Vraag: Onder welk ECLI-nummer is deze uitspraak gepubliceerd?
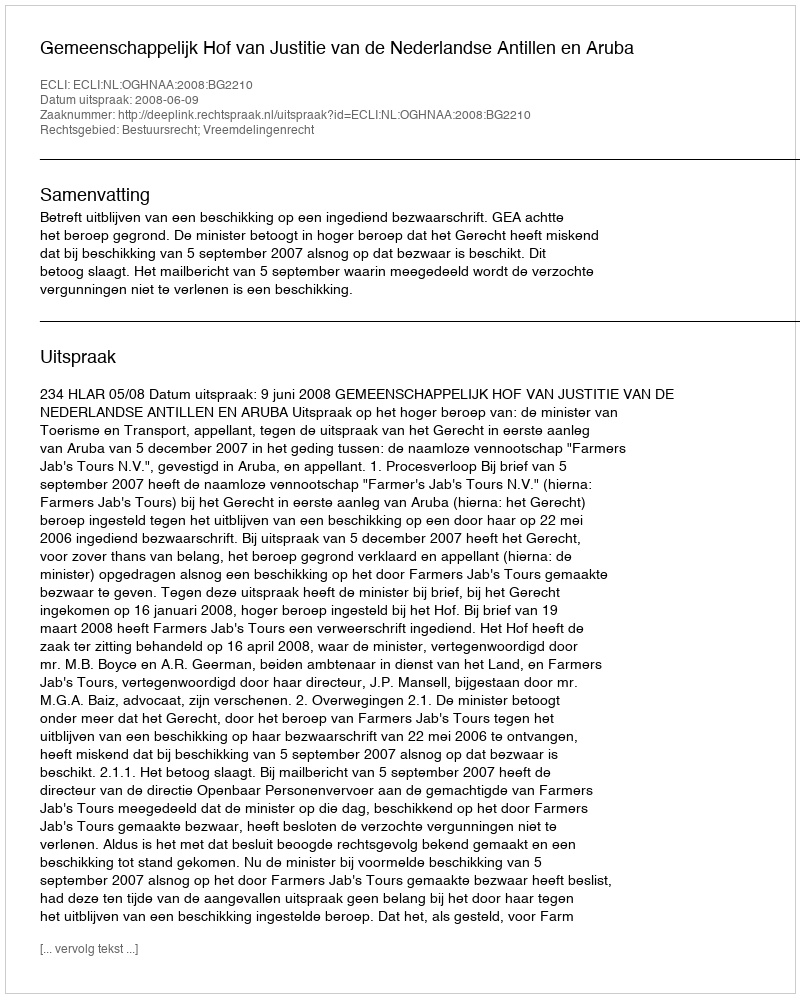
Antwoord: ECLI:NL:OGHNAA:2008:BG2210